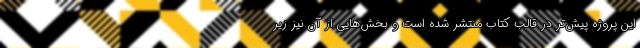
این پروژه پیش‌تر در قالب کتاب منتشر شده است و بخش‌هایی از آن نیز زیر